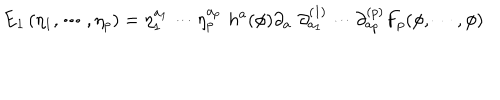
\mathrm { E } _ { 1 } \left( \eta _ { 1 } , \cdots , \eta _ { p } \right) = \eta _ { 1 } ^ { a _ { 1 } } \cdots \eta _ { p } ^ { a _ { p } } \, \, h ^ { a } ( \phi ) \partial _ { a } \, \, \partial _ { a _ { 1 } } ^ { ( 1 ) } \cdots \partial _ { a _ { p } } ^ { ( p ) } F _ { p } ( \phi , \cdots , \phi )